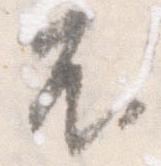
不